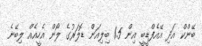
ބޭންކް އަދި އޭއެފްޑީބީ އިން 1.5 ބިލިއަން ޑޮލަރުގެ ލޯން އެހީއެއް ލިބޭނެ